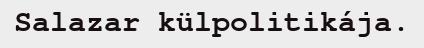
Salazar külpolitikája.